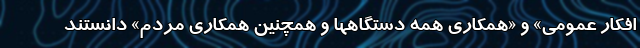
افکار عمومی» و «همکاری همه دستگاهها و همچنین همکاری مردم» دانستند